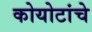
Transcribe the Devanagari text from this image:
कोयोटांचे